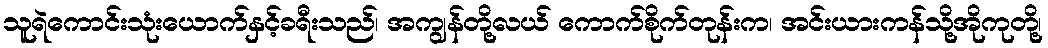
သူရဲကောင်းသုံးယောက်နှင့်ခရီးသည်၊ အကျွန်တို့လယ် ကောက်စိုက်တုန်းက၊ အင်းယားကန်သို့အိုကုတို့၊